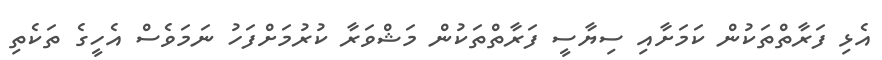
އެޅި ފަރާތްތަކުން ކަމަށާއި ސިޔާސީ ފަރާތްތަކުން މަޝްވަރާ ކުރުމަށްފަހު ނަމަވެސް އެހީގެ ތަކެތި